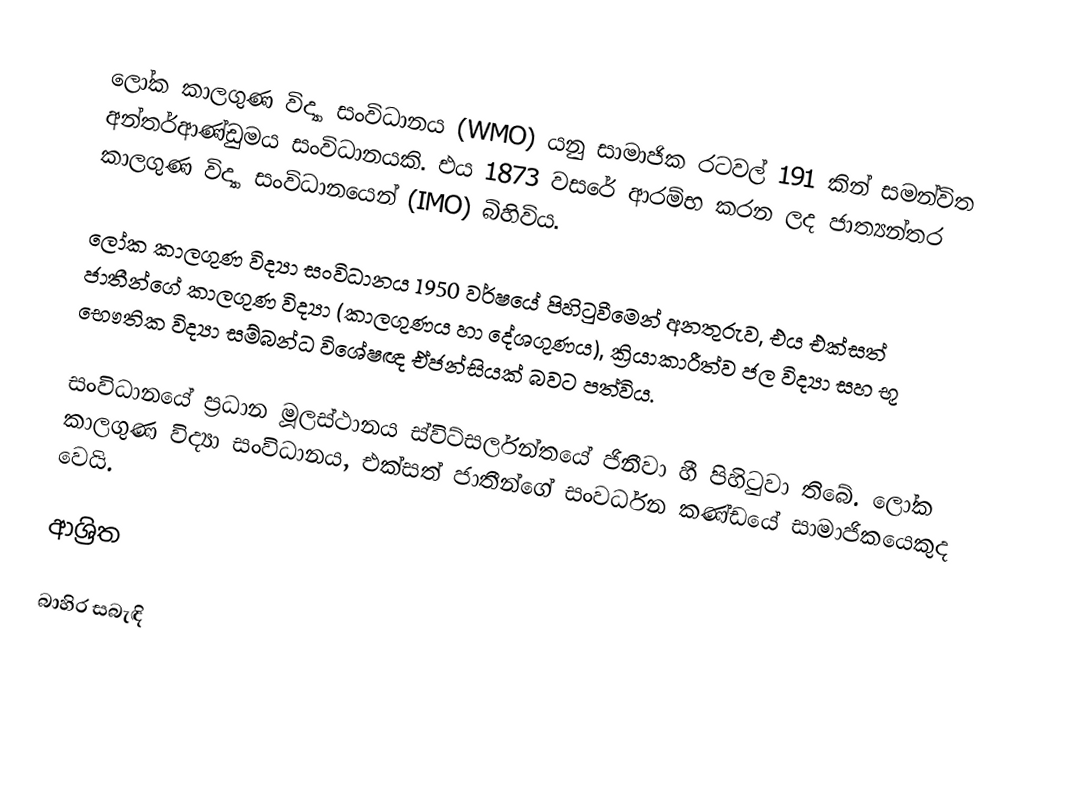
ලෝක කාලගුණ විද්‍යා සංවිධානය (WMO) යනු සාමාජික රටවල් 191 කින් සමන්විත අන්තර්ආණ්ඩුමය සංවිධානයකි. එය 1873 වසරේ ආරම්භ කරන ලද ජාත්‍යන්තර කාලගුණ විද්‍යා සංවිධානයෙන් (IMO) බිහිවිය.

ලෝක කාලගුණ විද්‍යා සංවිධානය 1950 වර්ෂයේ පිහිටුවීමෙන් අනතුරුව, එය එක්සත් ජාතීන්ගේ කාලගුණ විද්‍යා (කාලගුණය හා දේශගුණය), ක්‍රියාකාරීත්ව ජල විද්‍යා සහ භූ භෞතික විද්‍යා සම්බන්ධ විශේෂඥ ඒජන්සියක් බවට පත්විය.

සංවිධානයේ ප්‍රධාන මූලස්ථානය ස්විට්සර්ලන්තයේ ජිනීවා හී පිහිටුවා තිබේ. ලෝක කාලගුණ විද්‍යා සංවිධානය, එක්සත් ජාතීන්ගේ සංවර්ධන කණ්ඩයේ සාමාජිකයෙකුද වෙයි.

ආශ්‍රිත

බාහිර සබැඳි